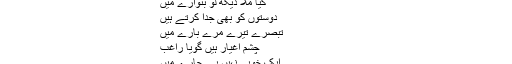
بغض و کدورت کے سوا
کیا ملا دیکھ لو بٹوارے میں
دوستوں کو بھی جدا کرتے ہیں
تبصرے تیرے مرے بارے میں
چشمِ اغیار ہیں گویا راغبؔ
ایک خوبی نہیں بے چارے میں
مسلمانوں کو قائد کی ضرورت ہے، دلال کی نہیں